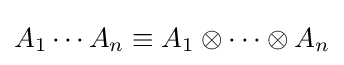
A_{1}\cdots A_{n}\equiv A_{1}\otimes \cdots \otimes A_{n}